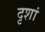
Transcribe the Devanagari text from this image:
दृशां